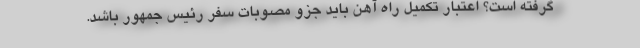
گرفته است؟ اعتبار تکمیل راه آهن باید جزو مصوبات سفر رئیس جمهور باشد.